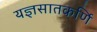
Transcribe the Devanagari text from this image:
यज्ञसातकर्णि